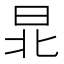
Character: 𣌫